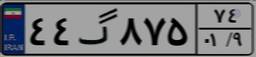
۴۴گ۸۷۵۷۴